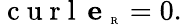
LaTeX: \mathrm{~c~u~r~l~}\, \textbf{e}_{\mathrm{~\tiny~R~}}=0.